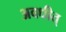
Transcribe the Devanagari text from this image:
अवधीत्‌